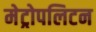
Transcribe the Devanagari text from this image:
मेट्रोपलिटन